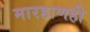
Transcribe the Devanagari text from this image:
मारहाणही